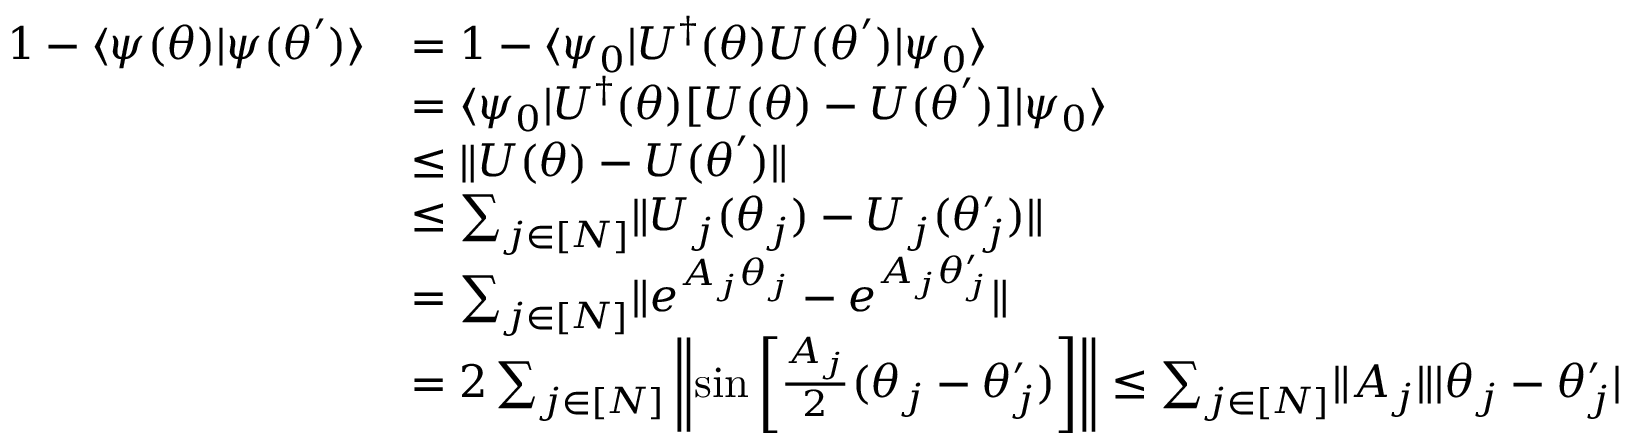
\begin{array} { r l } { 1 - \ensuremath { \langle { \psi ( { \boldsymbol { \theta } } ) } \rvert { \psi ( { \boldsymbol { \theta } } ^ { \prime } ) } \rangle } } & { = 1 - \ensuremath { \langle { \psi _ { 0 } } \rvert } U ^ { \dag } ( { \boldsymbol { \theta } } ) U ( { \boldsymbol { \theta } } ^ { \prime } ) \ensuremath { \lvert { \psi _ { 0 } } \rangle } } \\ & { = \ensuremath { \langle { \psi _ { 0 } } \rvert } U ^ { \dag } ( { \boldsymbol { \theta } } ) [ U ( { \boldsymbol { \theta } } ) - U ( { \boldsymbol { \theta } } ^ { \prime } ) ] \ensuremath { \lvert { \psi _ { 0 } } \rangle } } \\ & { \leq \lVert U ( { \boldsymbol { \theta } } ) - U ( { \boldsymbol { \theta } } ^ { \prime } ) \rVert } \\ & { \leq \sum _ { j \in [ N ] } \lVert U _ { j } ( \theta _ { j } ) - U _ { j } ( \theta _ { j } ^ { \prime } ) \rVert } \\ & { = \sum _ { j \in [ N ] } \lVert e ^ { A _ { j } \theta _ { j } } - e ^ { A _ { j } \theta _ { j } ^ { \prime } } \rVert } \\ & { = 2 \sum _ { j \in [ N ] } \left\lVert \sin \left[ \frac { A _ { j } } { 2 } ( \theta _ { j } - \theta _ { j } ^ { \prime } ) \right] \right\rVert \leq \sum _ { j \in [ N ] } \lVert A _ { j } \rVert | \theta _ { j } - \theta _ { j } ^ { \prime } | } \end{array}